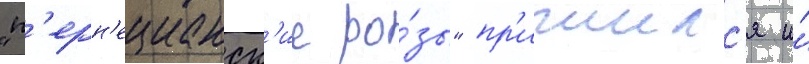
"п'ерн'ецианск'ие ро́зы" пр'ижилс'я и́